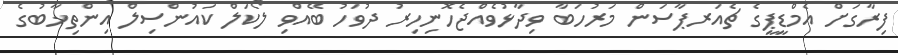
ފިރާގަށް އެމްޑީޕީގެ ޗެއަރޕާސަން މަރުހަބާ ވިދާޅުވެއްޖެހޮނިހިރު ދުވަހު ބޭއްވި ލޯކަލް ކައުންސިލް އިންތިޚާބުގެ